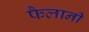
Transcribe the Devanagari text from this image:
फैलानी